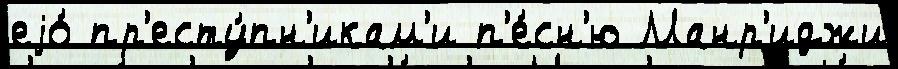
еjо́ пр'есту́пн'икам'и п'е́сн'ю Манр'иджи